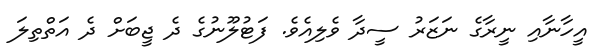
އީހާނާއި ނީރާގެ ނަޒަރު ސީދާ ވެލިއެވެ. ފަޓުލޫނުގެ ދެ ޖީބަށް ދެ އަތްތިލަ